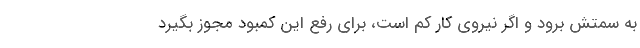
به سمتش برود و اگر نیروی کار کم است، برای رفع این کمبود مجوز بگیرد